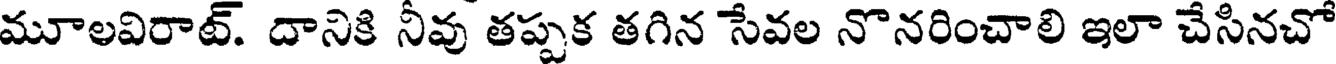
మూలవిరాట్. దానికి నీవు తప్పక తగిన సేవల నొనరించాలి ఇలా చేసినచో